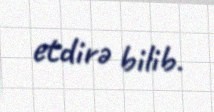
etdirə bilib.